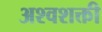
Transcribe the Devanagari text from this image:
अश्‍वशक्ती